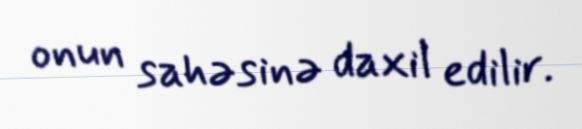
onun sahəsinə daxil edilir.